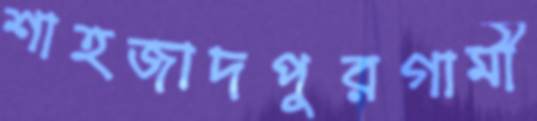
শাহজাদপুরগামী